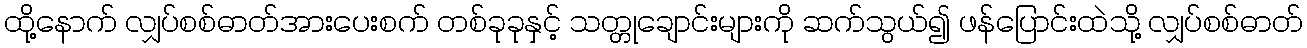
ထို့နောက် လျှပ်စစ်ဓာတ်အားပေးစက် တစ်ခုခုနှင့် သတ္တုချောင်းများကို ဆက်သွယ်၍ ဖန်ပြောင်းထဲသို့ လျှပ်စစ်ဓာတ်